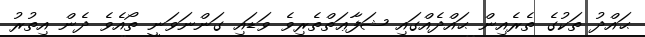
ޙައްދު ތަކުގެ ތެރެއިން ޙައްދެއްގައި ޝަފާޢަތްތެރިވެ ވަޑައި ގަންނަވަނީ ތޯއެވެ ދެން އިތުރު